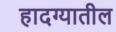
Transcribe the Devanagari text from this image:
हादग्यातील